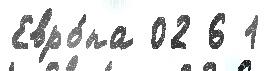
Евро́па 02 6 1